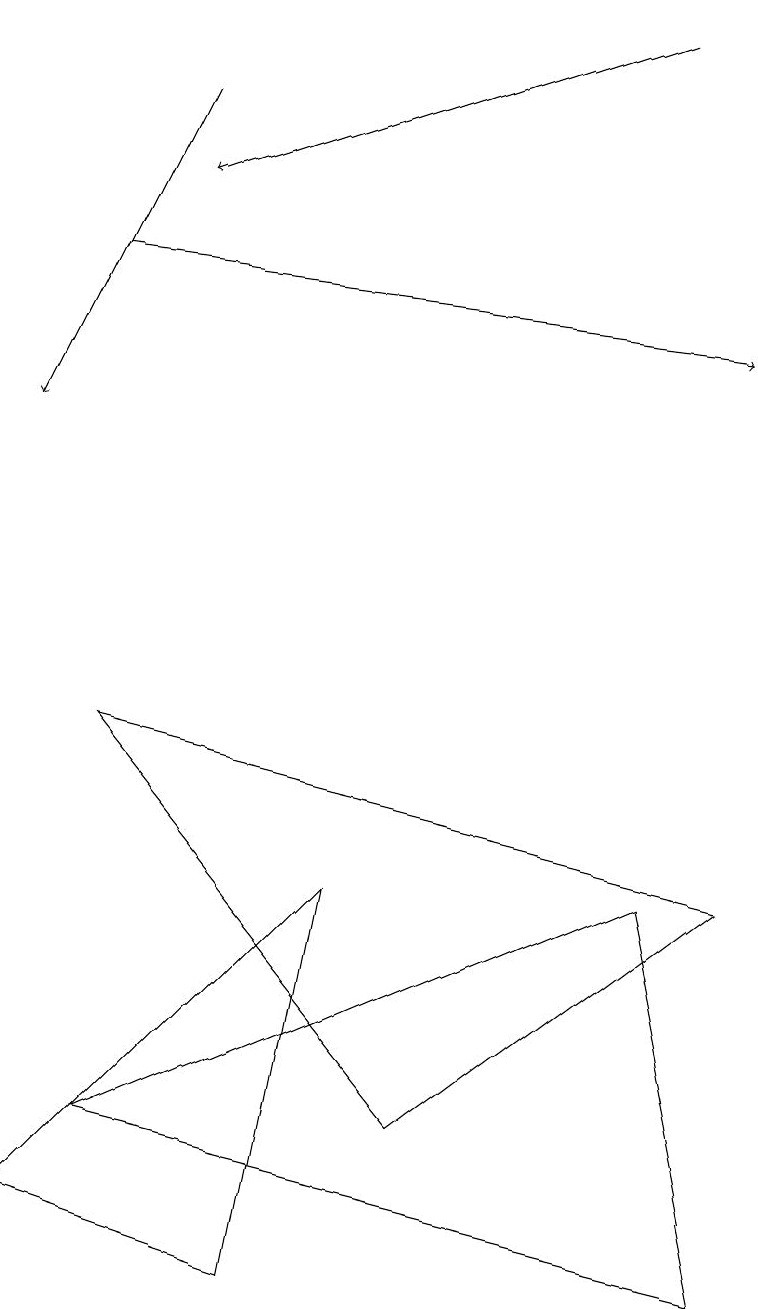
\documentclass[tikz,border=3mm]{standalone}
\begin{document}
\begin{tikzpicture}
\draw[->] (2,15) -- (0,11);
\draw (8,5) -- (1,2) -- (9,0) -- cycle;
\draw[->] (8,16) -- (2,14);
\draw (4,5) -- (3,0) -- (0,1) -- cycle;
\draw[->] (1,13) -- (9,12);
\draw (9,5) -- (1,7) -- (5,2) -- cycle;
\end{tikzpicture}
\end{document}